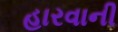
હારવાની